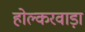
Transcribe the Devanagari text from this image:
होल्करवाड़ा